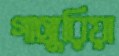
গাঙ্গুরিয়া